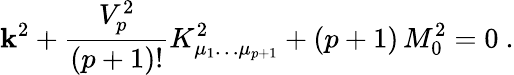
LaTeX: \mathbf{k}^{2}+{\frac{{V_{p}^{2}}}{{(p+1)!}}}K_{\mu_{1}\dots\mu_{p+1}}^{2}+(p+1)\, M_{0}^{2}=0\ .